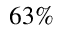
6 3 \%